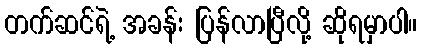
တက်ဆင်ရဲ့ အခန်း ပြန်လာပြီလို့ ဆိုရမှာပါ။